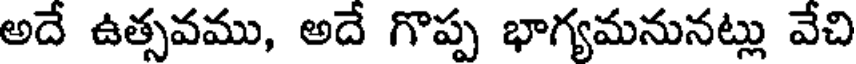
అదే ఉత్సవము, అదే గొప్ప భాగ్యమనునట్లు వేచి